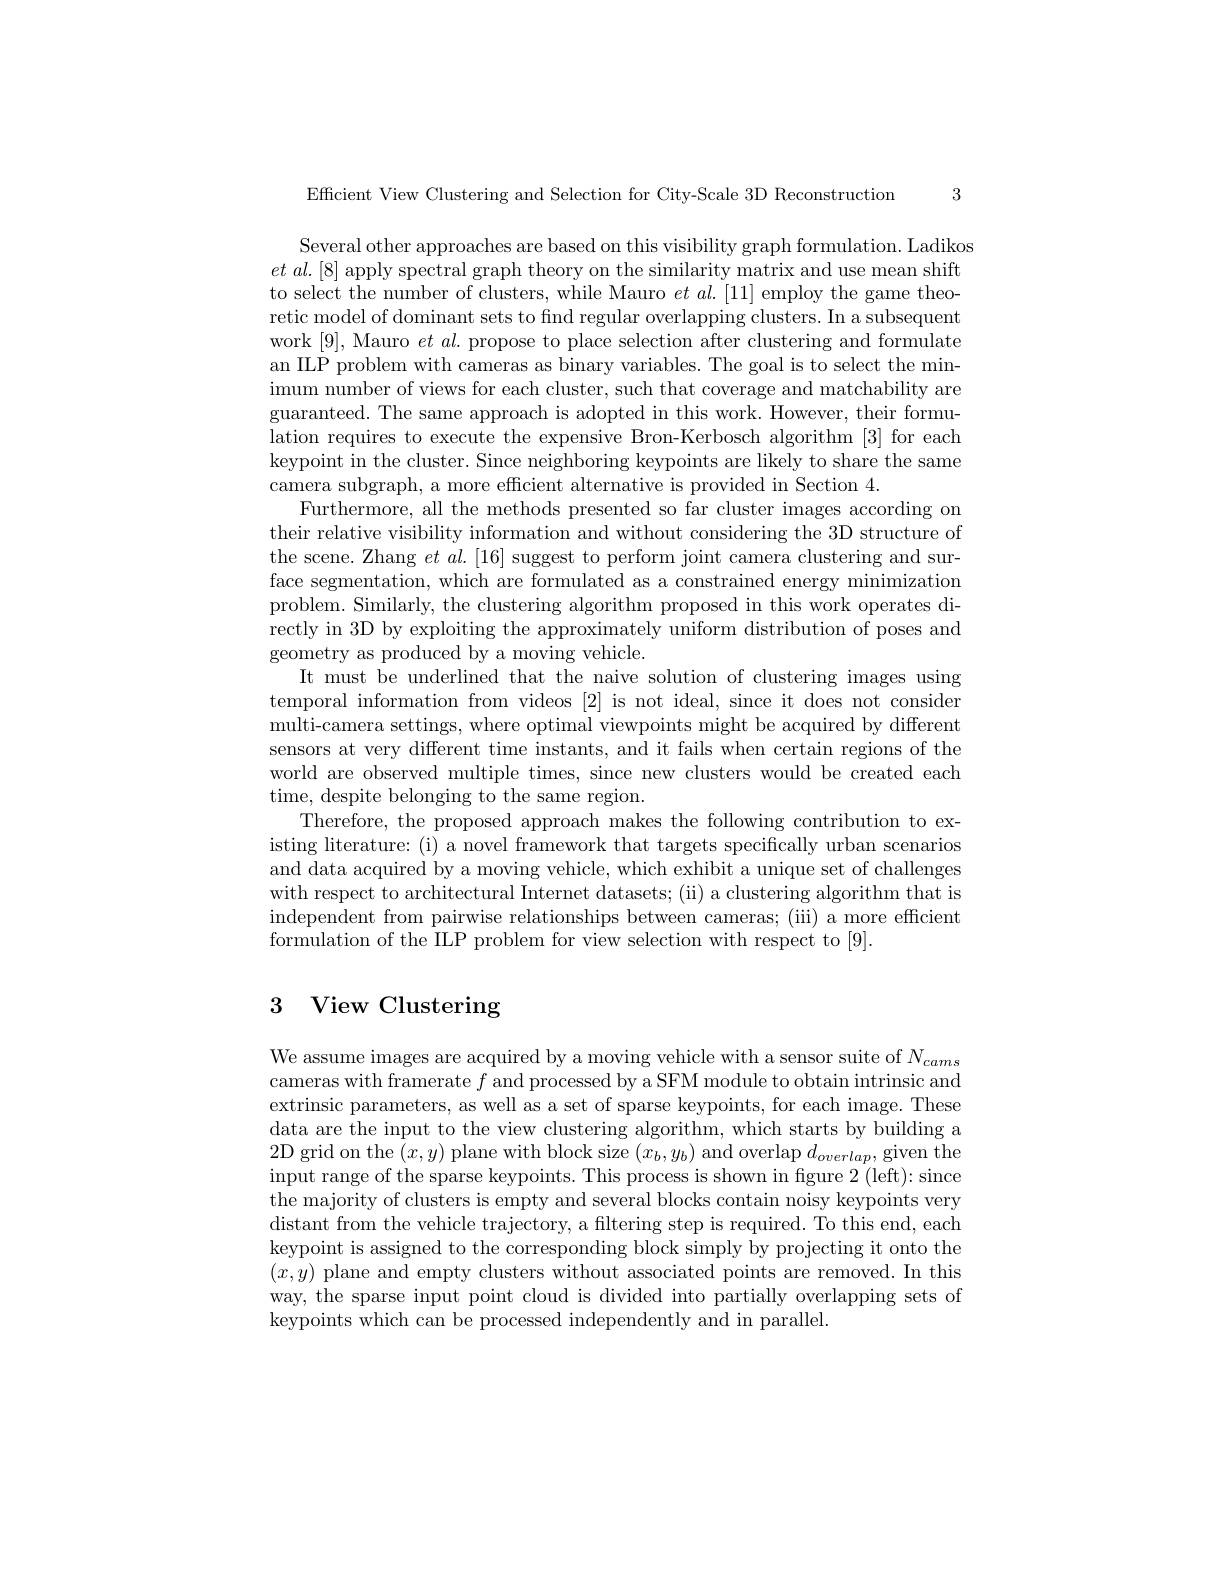
3

Efficient View Clustering and Selection for City-Scale 3D Reconstruction

Several other approaches are based on this visibility graph formulation. Ladikos $et$ $al. [ 8]$ apply spectral graph theory on the similarity matrix and use mean shift to select the number of clusters, while Mauro $et\textit{al. [ 11] employ the game theo- }$ retic model of dominant sets to find regular overlapping clusters. In a subsequent work [9], Mauro $et\textit{al. propose to place selection after clustering and formulate}$ an ILP problem with cameras as binary variables. The goal is to select the minimum number of views for each cluster, such that coverage and matchability are guaranteed. The same approach is adopted in this work. However, their formulation requires to execute the expensive Bron-Kerbosch algorithm [3] for each keypoint in the cluster. Since neighboring keypoints are likely to share the same camera subgraph, a more efficient alternative is provided in Section 4.
Furthermore, all the methods presented so far cluster images according on their relative visibility information and without considering the 3D structure of the scene. Zhang $et\textit{al. [ 16] suggest to perform joint camera clustering and sur- }$ face segmentation, which are formulated as a constrained energy minimization problem. Similarly, the clustering algorithm proposed in this work operates directly in 3D by exploiting the approximately uniform distribution of poses and geometry as produced by a moving vehicle.
It must be underlined that the naive solution of clustering images using temporal information from videos [2] is not ideal, since it does not consider multi-camera settings, where optimal viewpoints might be acquired by different sensors at very different time instants, and it fails when certain regions of the world are observed multiple times, since new clusters would be created each time, despite belonging to the same region.
Therefore, the proposed approach makes the following contribution to existing literature: (i) a novel framework that targets specifically urban scenarios and data acquired by a moving vehicle, which exhibit a unique set of challenges with respect to architectural Internet datasets; (ii) a clustering algorithm that is independent from pairwise relationships between cameras; (iii) a more efficient formulation of the ILP problem for view selection with respect to [9].

# 3 View Clustering

We assume images are acquired by a moving vehicle with a sensor suite of $N_cams$ cameras with framerate $f$ and processed by a SFM module to obtain intrinsic and extrinsic parameters, as well as a set of sparse keypoints, for each image. These data are the input to the view clustering algorithm, which starts by building a 2D grid on the $(x,y)$ plane with block size $(x_b,y_b)$ and overlap $d_overlap$,given the input range of the sparse keypoints. This process is shown in fgure 2 (left): since the majority of clusters is empty and several blocks contain noisy keypoints very distant from the vehicle trajectory, a filtering step is required. To this end, each keypoint is assigned to the corresponding block simply by projecting it onto the $(x,y)$ plane and empty clusters without associated points are removed. In this way, the sparse input point cloud is divided into partially overlapping sets of keypoints which can be processed independently and in parallel.